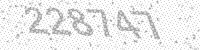
Solution: 228747